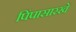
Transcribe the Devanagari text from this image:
पिंपासारखे